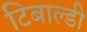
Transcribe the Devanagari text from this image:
टिबाल्डी